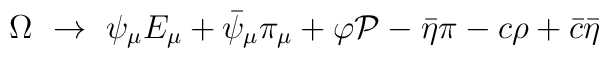
\Omega \ \to \ \psi_\mu E_\mu + \bar\psi_\mu \pi_\mu+ \varphi {\cal P} - \bar\eta \pi - c \rho + \bar c\bar \eta